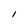
Character: I